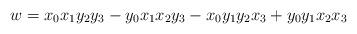
LaTeX: \begin{align*} w = x_0 x_1 y_2 y_3 - y_0 x_1 x_2 y_3 - x_0 y_1 y_2 x_3 + y_0 y_1 x_2 x_3\end{align*}